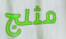
مثلج